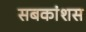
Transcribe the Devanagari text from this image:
सबकांशस